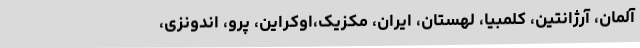
آلمان، آرژانتین، کلمبیا، لهستان، ایران، مکزیک،اوکراین، پرو، اندونزی،